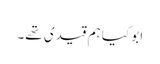
ابو کیا ہم قیدی تھے۔